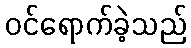
ဝင်ရောက်ခဲ့သည်